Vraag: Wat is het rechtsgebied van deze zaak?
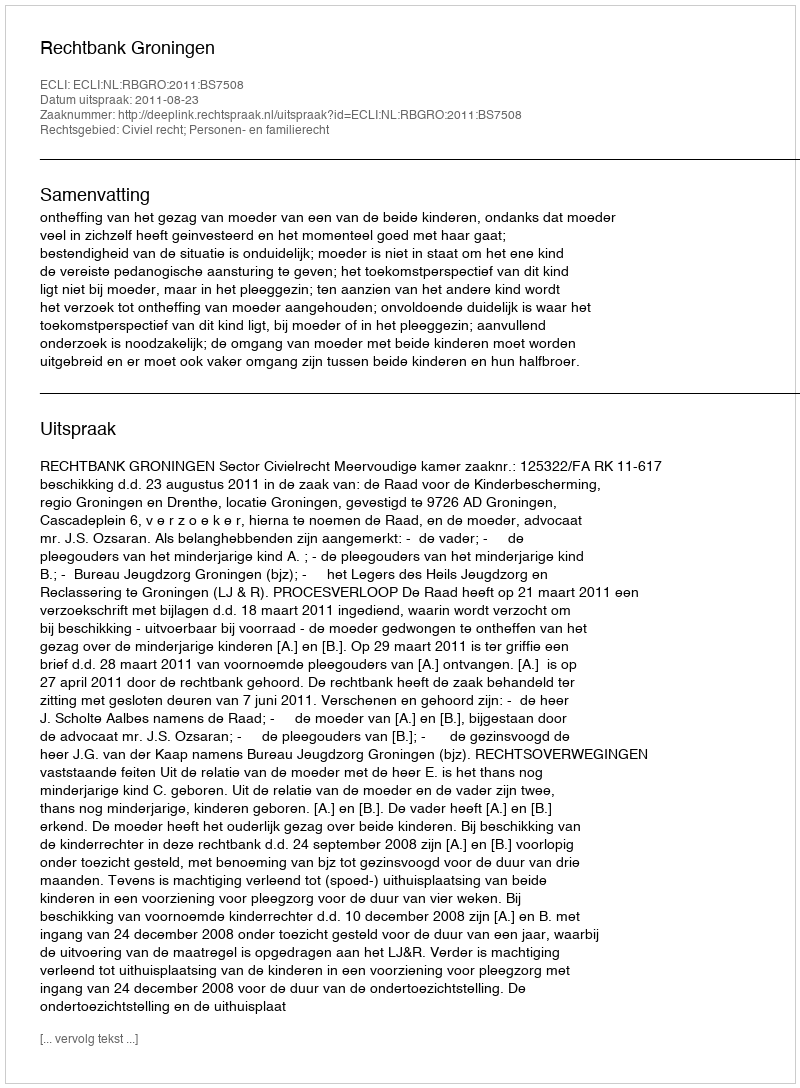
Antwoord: Civiel recht; Personen- en familierecht